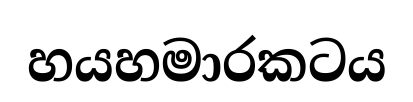
හයහමාරකටය